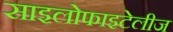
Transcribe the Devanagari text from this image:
साइलोफाइटेलीज